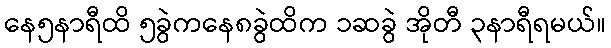
နေ၅နာရီထိ ၅ခွဲကနေ၈ခွဲထိက ၁ဆခွဲ အိုတီ ၃နာရီရမယ်။